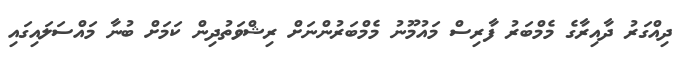
ދިއްގަރު ދާއިރާގެ މެމްބަރު ފާރިސް މައުމޫނު މެމްބަރުންނަށް ރިޝްވަތުދިން ކަމަށް ބުނާ މައްސަލައިގައި